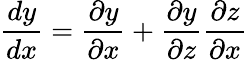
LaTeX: \frac{dy}{dx}=\frac{\partial y}{\partial x}+\frac{\partial y}{\partial z}\frac{\partial z}{\partial x}